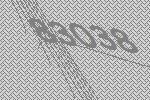
83038